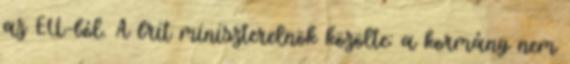
az EU-ból. A brit miniszterelnök közölte: a kormány nem